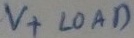
Text: V+ LOAD